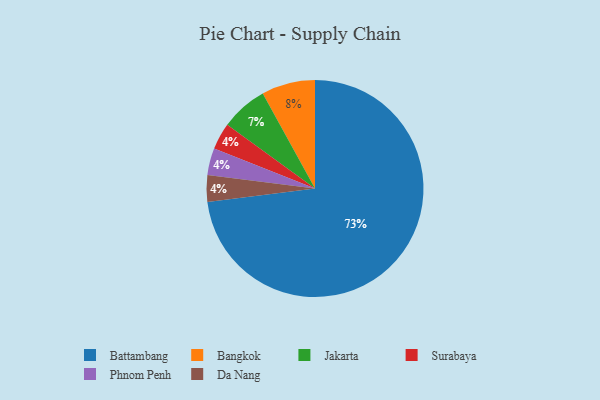
{"axis": {"x": "Category", "y": "Percentage"}, "legend": ["Bangkok", "Battambang", "Da Nang", "Jakarta", "Phnom Penh", "Surabaya"], "data": [{"x": "Bangkok", "y": 8, "type": "Bangkok"}, {"x": "Jakarta", "y": 7, "type": "Jakarta"}, {"x": "Surabaya", "y": 4, "type": "Surabaya"}, {"x": "Battambang", "y": 73, "type": "Battambang"}, {"x": "Phnom Penh", "y": 4, "type": "Phnom Penh"}, {"x": "Da Nang", "y": 4, "type": "Da Nang"}]}